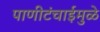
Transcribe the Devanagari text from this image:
पाणीटंचाईमुळे